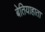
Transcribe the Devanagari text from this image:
बेतियाहाता